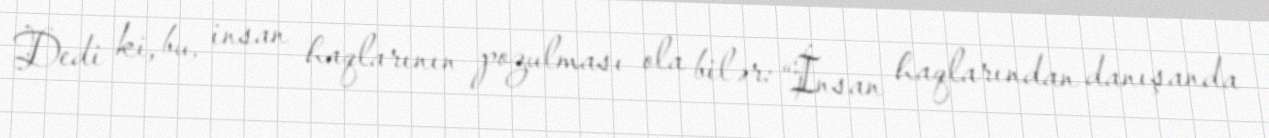
Dedi ki, bu, insan haqlarının pozulması ola bilər: “İnsan haqlarından danışanda